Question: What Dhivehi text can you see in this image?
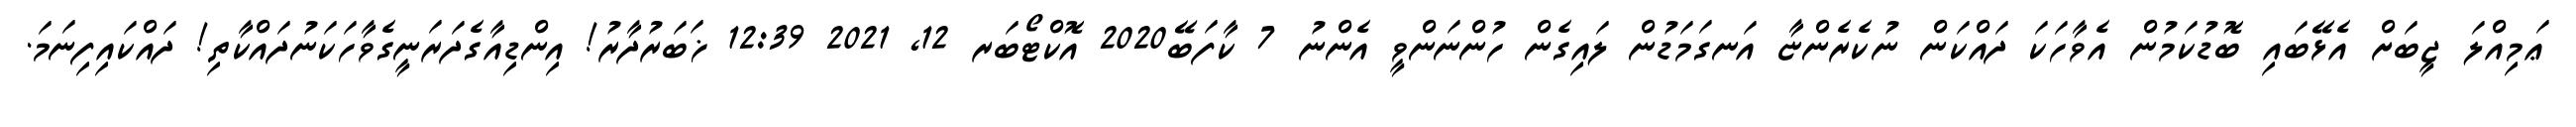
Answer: ޢަމިއްލަ ޖީބަށް އެޅޭބައި ބޮޑުކަމުން އެވާހަކަ ދައްކަން ނުކެރެންޏާ އަނގަމަޑުން ލައިގެން ހުންނަންވީ އެންނު 7 ކާފަބޭ2020 އޮކްޓޯބަރ 12, 2021 12:39 ޚަބަރުދާރު! އިންޑިއާގެދަރަނީގެވާހަކަނުދައްކާތި! ދައްކައިފިނަމަ.